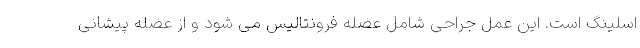
اسلینگ است. این عمل جراحی شامل عضله فرونتالیس می شود و از عضله پیشانی